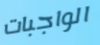
الواجبات